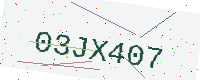
Text: 03JX407